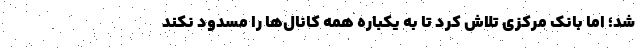
شد؛ اما بانک مرکزی تلاش کرد تا به یکباره همه کانال‌ها را مسدود نکند